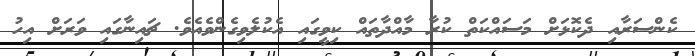
ކެންސަރާއި ދެކޮޅަށް މަސައްކަތް ކުރާ މާއްދާތައް ކިވީގައި އެކުލެވިގެންވެއެވެ. ޗައިނާގައި ވަރަށް އިހު